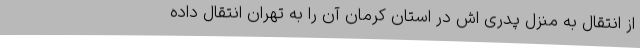
از انتقال به منزل پدری اش در استان کرمان آن را به تهران انتقال داده